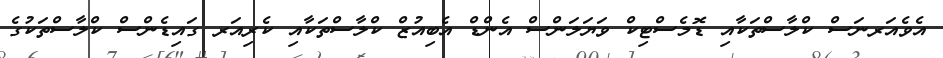
އެވެއަރނަސް ކްލާސްތަކާއި ޑޮމެސްޓިކް ވަޔަލަންސް އެންޑް އެބިއުޒް ކްލާސްތަކާއި ކެރިއަރ ގައިޑެންސް ކްލާސްތަކުގެ